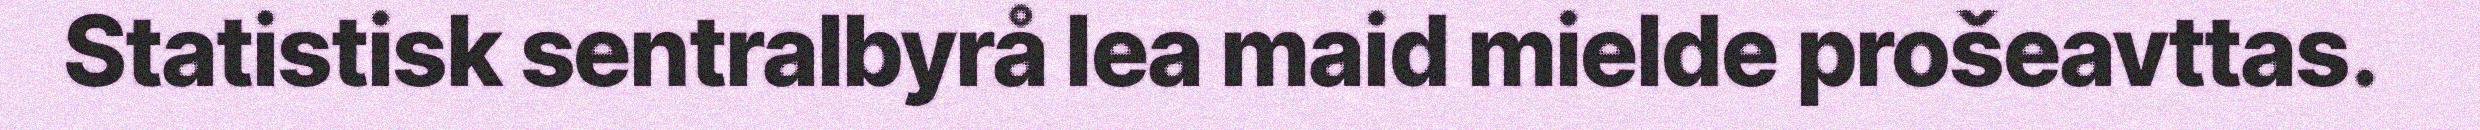
Statistisk sentralbyrå lea maid mielde prošeavttas.